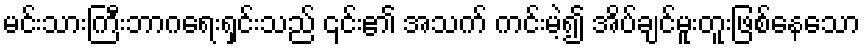
မင်းသားကြီးဘာဂရေးရှင်းသည် ၎င်း၏ အသက် ကင်းမဲ့၍ အိပ်ချင်မူးတူးဖြစ်နေသော